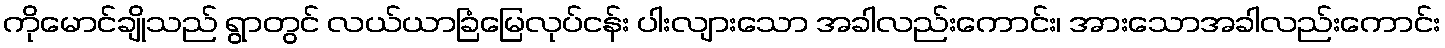
ကိုမောင်ချိုသည် ရွာတွင် လယ်ယာခြံမြေလုပ်ငန်း ပါးလျားသော အခါလည်းကောင်း၊ အားသောအခါလည်းကောင်း